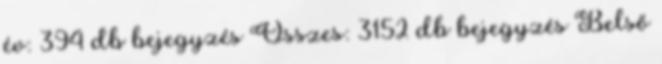
év: 394 db bejegyzés Összes: 3152 db bejegyzés Belső